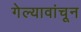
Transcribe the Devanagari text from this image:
गेल्यावांचून